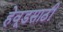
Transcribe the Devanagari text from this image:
हेवूडसाठी